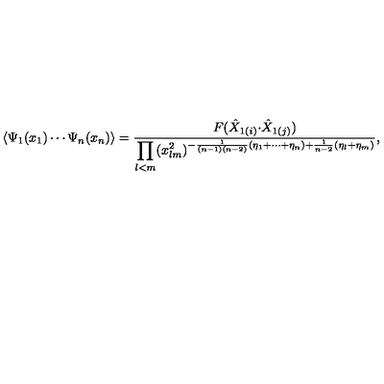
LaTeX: \langle \Psi _ { 1 } ( x _ { 1 } ) \cdots \Psi _ { n } ( x _ { n } ) \rangle = \displaystyle { \frac { F ( \hat { X } _ { 1 ( i ) } { \cdot \hat { X } _ { 1 ( j ) } } ) } { \displaystyle { \prod _ { l < m } ( x _ { l m } ^ { 2 } ) ^ { - \frac { 1 } { ( n - 1 ) ( n - 2 ) } ( \eta _ { 1 } + \cdots + \eta _ { n } ) + \frac { 1 } { n - 2 } ( \eta _ { l } + \eta _ { m } ) } } } } ,